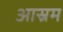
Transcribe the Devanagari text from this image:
आस्रम